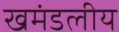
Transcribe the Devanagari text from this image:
खमंडलीय